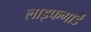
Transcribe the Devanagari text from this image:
लाइफगार्ड